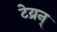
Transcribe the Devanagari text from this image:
टेय्रन्